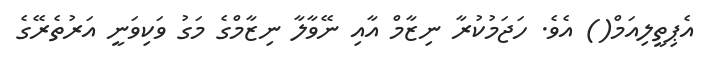
އެޕިތީލިއަމް() އެވެ. ހަޖަމުކުރާ ނިޒާމް އާއި ނޭވާލާ ނިޒާމްގެ މަގު ވަކިވަނީ އަރުތެރޭގެ